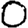
Digit: 0